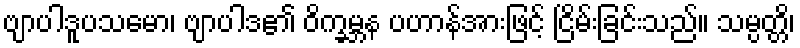
ဗျာပါဒူပသမော၊ ဗျာပါဒ၏ ဝိက္ခမ္ဘန ပဟာန်အားဖြင့် ငြိမ်းခြင်းသည်။ သမ္ပတ္တိ၊